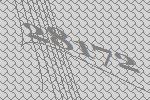
28172